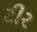
ટીર